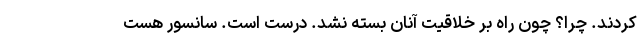
کردند. چرا؟ چون راه بر خلاقیت آنان بسته نشد. درست است. سانسور هست